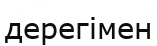
дерегімен